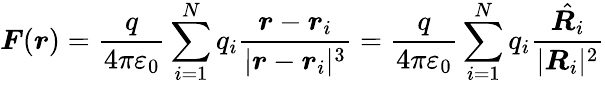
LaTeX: {\boldsymbol{F}}({\boldsymbol{r}})={\frac{q}{4\pi\varepsilon_{0}}}\sum_{i=1}^{N}q_{i}{\frac{{\boldsymbol{r}}-{\boldsymbol{r}}_{i}}{|{\boldsymbol{r}}-{\boldsymbol{r}}_{i}|^{3}}}={\frac{q}{4\pi\varepsilon_{0}}}\sum_{i=1}^{N}q_{i}{\frac{\hat{{\boldsymbol{R}}_{i}}}{|{\boldsymbol{R}}_{i}|^{2}}}